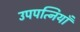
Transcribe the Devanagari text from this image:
उपपत्नियाँ